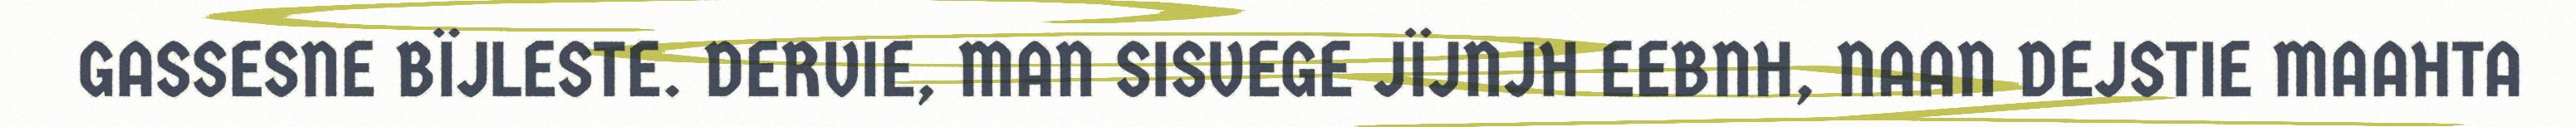
GASSESNE BÏJLESTE. DERVIE, MAN SISVEGE JÏJNJH EEBNH, NAAN DEJSTIE MAAHTA